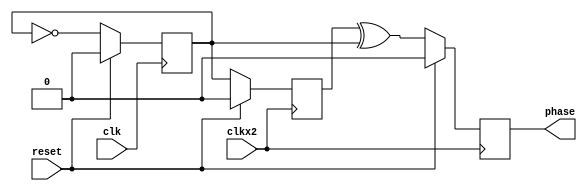
// ---------------------------------------------------------------------------
//  Jelly  -- The platform for real-time computing
//
//                                 Copyright (C) 2008-2020 by Ryuji Fuchikami
//                                 https://github.com/ryuz/jelly.git
// ---------------------------------------------------------------------------



`timescale 1ns / 1ps
`default_nettype none


// 
module jelly_clkx2_phase
        #(
            parameter   DATA_WIDTH = 32
        )
        (
            input   wire                        reset,
            input   wire                        clk,
            input   wire                        clkx2,
            
            output  wire                        phase
        );
    
    
    reg     reg_clk_ff      = 1'b0;
    reg     reg_clkx2_ff    = 1'b1;
    reg     reg_clkx2_phase = 1'b0;
    
    always @(posedge clk) begin
        if ( reset ) begin
            reg_clk_ff <= 1'b0;
        end
        else begin
            reg_clk_ff <= ~reg_clk_ff;
        end
    end
    
    always @(posedge clkx2) begin
        if ( reset ) begin
            reg_clkx2_ff    <= 1'b0;
            reg_clkx2_phase <= 1'b0;
        end
        else begin
            reg_clkx2_ff    <= reg_clk_ff;
            reg_clkx2_phase <= reg_clkx2_ff ^ reg_clk_ff;
        end
    end
    
    assign phase = reg_clkx2_phase;
    
endmodule


`default_nettype wire


// end of file